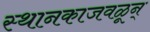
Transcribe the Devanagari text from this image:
स्थानकाजवळून्